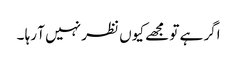
اگر ہے تو مجھے کیوں نظر نہیں آ رہا ۔